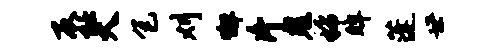
反衽大包刈懈片鬼稀眸蓬世